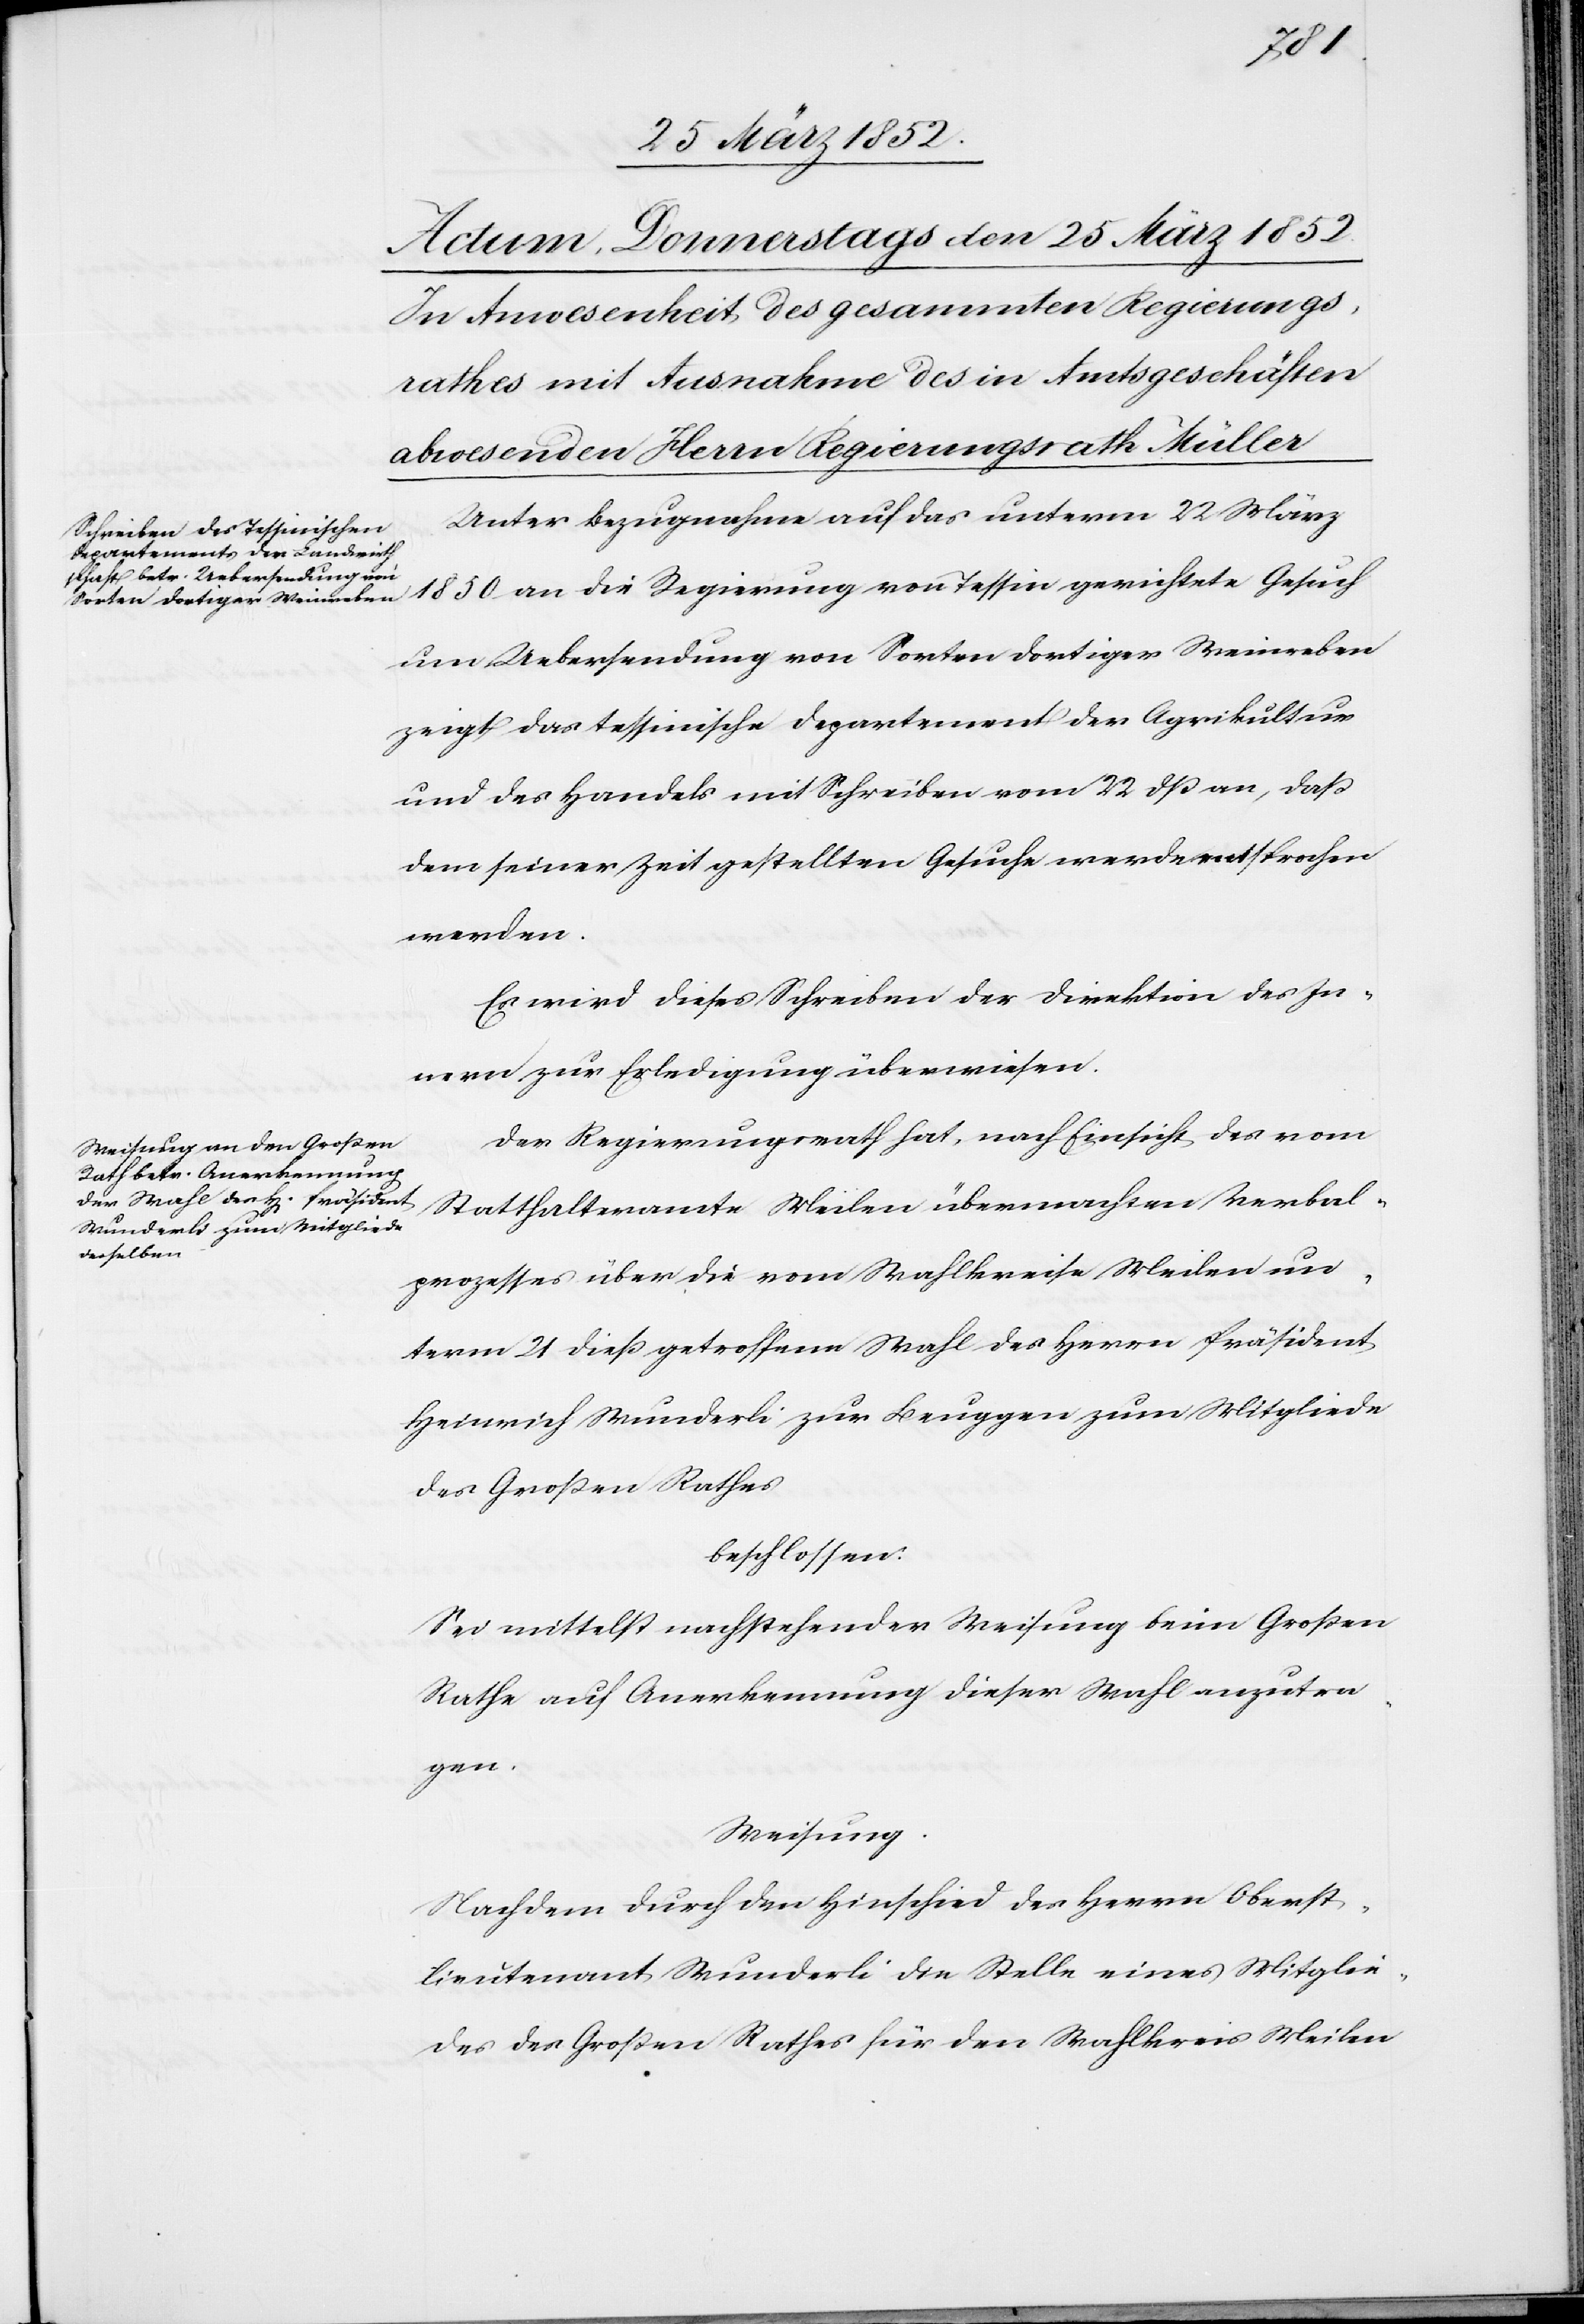
Unter Bezugnahme auf das unterm 22 März
1850 an die Regierung von Tessin gerichtete Gesuch
um Uebersendung von Sorten dortiger Weinreben
zeigt das tessinische Departement der Agrikultur
und des Handels mit Schreiben vom 22 dß an, aß
dem seiner Zeit gestellten Gesuche werde entsprochen
werden.
Es wird dieses Schreiben der Direktion des In¬
nern zur Erledigung überwiesen.
Der Regierungsrath hat, nach Einsicht des vom
Statthalteramte Meilen übermachten Verbal¬
prozesses über die vom Wahlkreise Meilen un¬
term 21 dieß getroffene Wahl des Herrn Präsident
Heinrich Wunderli zur Beuggen zum Mitgliede
des Großen Rathes
beschlossen.
Sei mittelst nachstehender Weisung beim Großen
Rathe auf Anerkennung dieser Wahl anzutra¬
gen.
Weisung.
Nachdem durch den Hinschied des Herrn Oberst¬
lieutenants Wunderli die Stelle eines Mitglie¬
des des Großen Rathes für den Wahlkreis Meilen